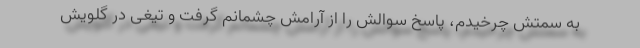
به سمتش چرخیدم، پاسخ سوالش را از آرامش چشمانم گرفت و تیغی در گلویش